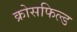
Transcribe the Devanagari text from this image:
क्रोसफिल्ड